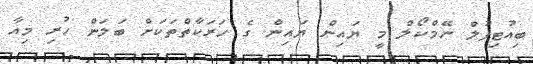
ބިއުޓިފުލް ނޭމްކޯލް މީ ޔައިން ޔައިން ގެ ހަރަކާތްތަކަށް ބަލަން ހުރި މިއާ